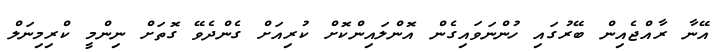
އޭނާ ރާއްޖެއިން ބޭރުގައި ހުންނަވައިގެން އޮންލައިންކޮށް ކުރިއަށް ގެންދެވޭ ގޮތަށް ނިންމީ ކްރިމިނަލް